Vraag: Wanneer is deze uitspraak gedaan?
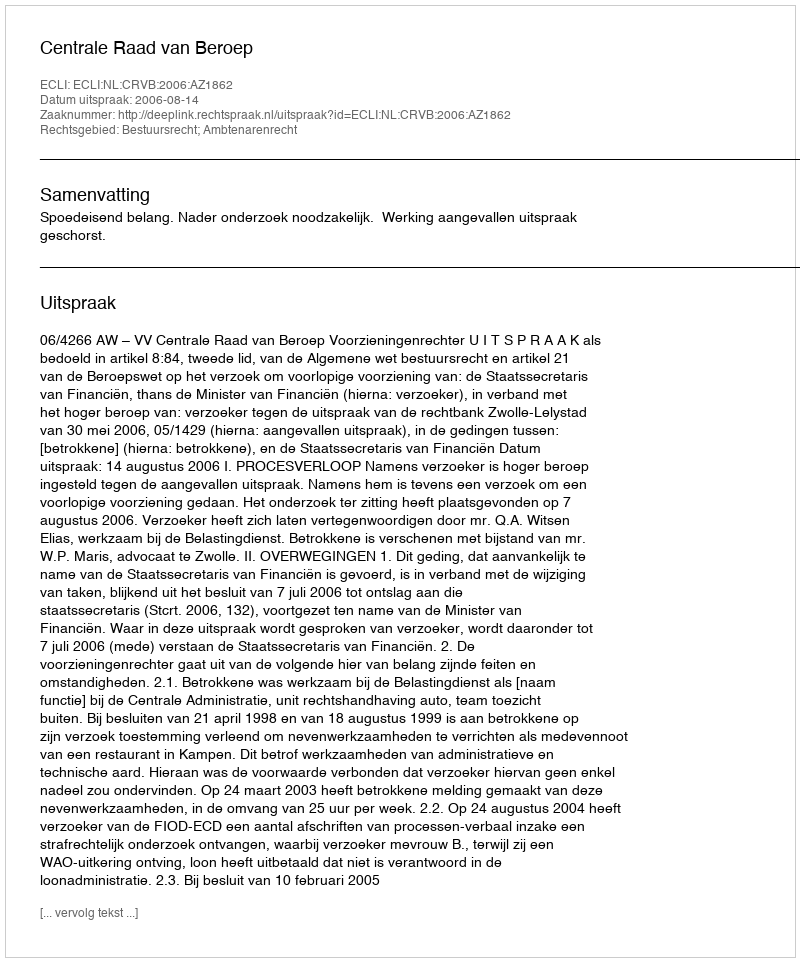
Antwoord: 2006-08-14